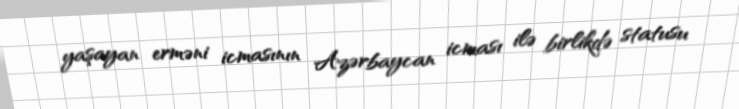
yaşayan erməni icmasının Azərbaycan icması ilə birlikdə statusu